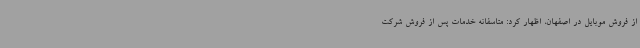
از فروش موبایل در اصفهان، اظهار کرد: متاسفانه خدمات پس از فروش شرکت